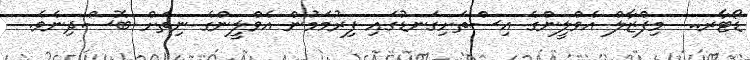
ޑޯޓާރ..  މިފްޒާލް އެވްލީންގެ އިސްތަށިގަނޑުގައި ފިރުމަމުން އެވްލީންގެ ނިތަށް ބޮސްދިނެވެ.